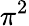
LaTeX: \pi^{2}